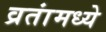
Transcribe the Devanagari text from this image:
व्रतांमध्ये